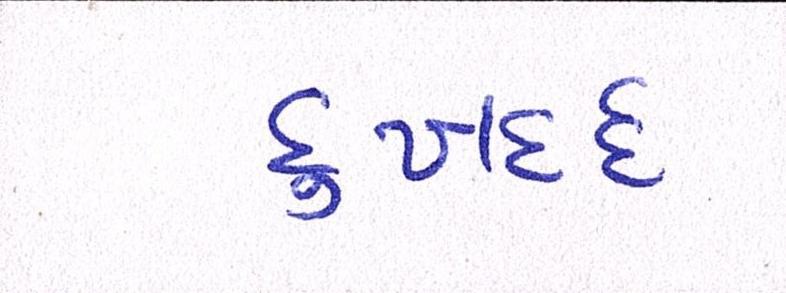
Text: દુઃખદર્દ